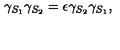
\gamma _ { S _ { 1 } } \gamma _ { S _ { 2 } } = \epsilon \gamma _ { S _ { 2 } } \gamma _ { S _ { 1 } } ,